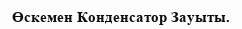
Өскемен Конденсатор Зауыты.